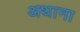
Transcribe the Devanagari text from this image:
अथाना